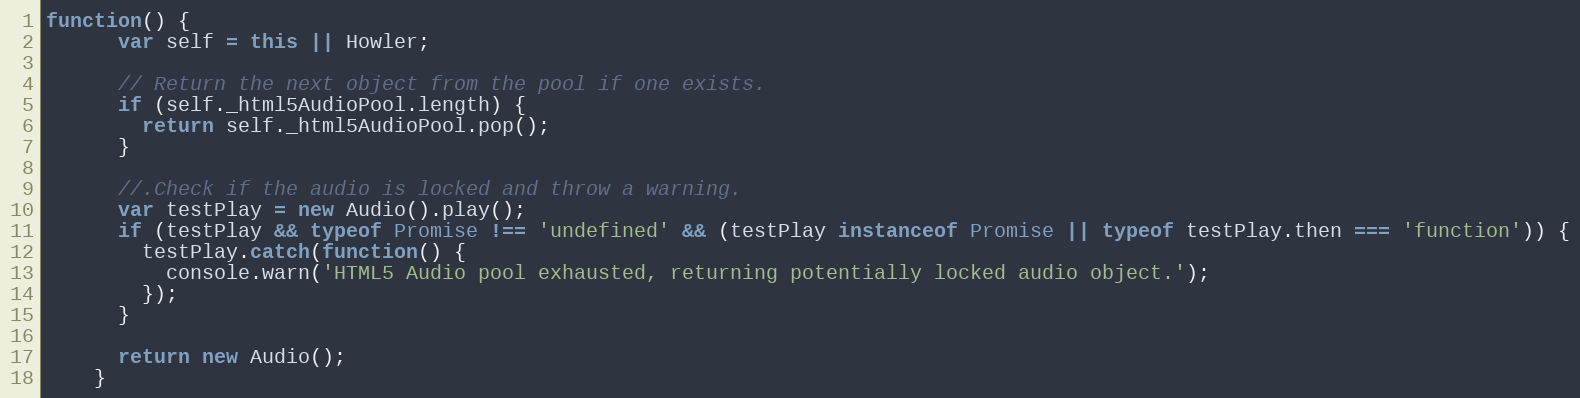
Language: JavaScript
function() {
      var self = this || Howler;

      // Return the next object from the pool if one exists.
      if (self._html5AudioPool.length) {
        return self._html5AudioPool.pop();
      }

      //.Check if the audio is locked and throw a warning.
      var testPlay = new Audio().play();
      if (testPlay && typeof Promise !== 'undefined' && (testPlay instanceof Promise || typeof testPlay.then === 'function')) {
        testPlay.catch(function() {
          console.warn('HTML5 Audio pool exhausted, returning potentially locked audio object.');
        });
      }

      return new Audio();
    }